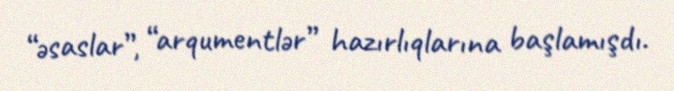
“əsaslar”, “arqumentlər” hazırlıqlarına başlamışdı.